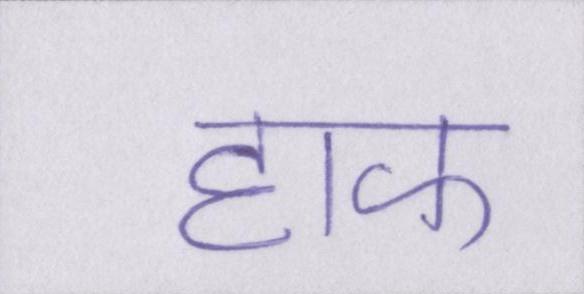
हाफ